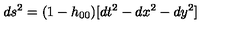
d s ^ { 2 } = ( 1 - h _ { 0 0 } ) [ d t ^ { 2 } - d x ^ { 2 } - d y ^ { 2 } ]